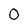
Character: 0